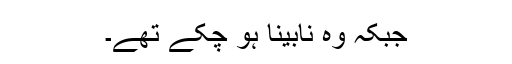
جبکہ وہ نابینا ہو چکے تھے۔